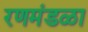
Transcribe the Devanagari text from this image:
रणमंडळा